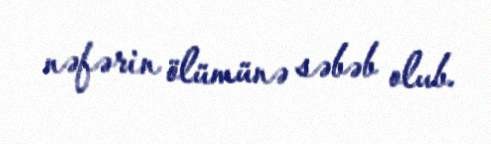
nəfərin ölümünə səbəb olub.